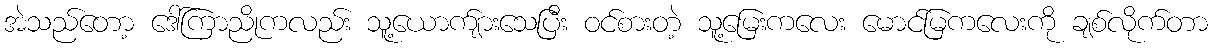
အဲသည်တော့ ဒေါ်ကြာညိုကလည်း သူ့ယောက်ျားသေပြီး ဝင်စားတဲ့ သူ့မြေးကလေး မောင်မြကလေးကို ချစ်လိုက်တာ